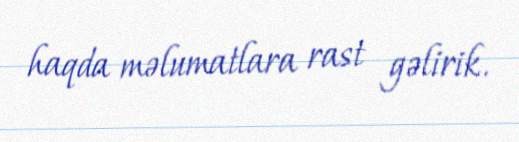
haqda məlumatlara rast gəlirik.